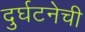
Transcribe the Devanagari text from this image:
दुर्घटनेची